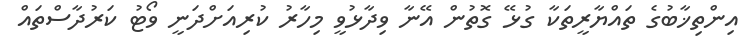
އިންތިޚާބުގެ ތައްޔާރީތަކާ ގުޅޭ ގޮތުން އޭނާ ވިދާޅުވީ މިހާރު ކުރިއަށްދަނީ ވޯޓު ކަރުދާސްތައް